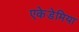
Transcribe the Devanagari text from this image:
एकेडेमिया